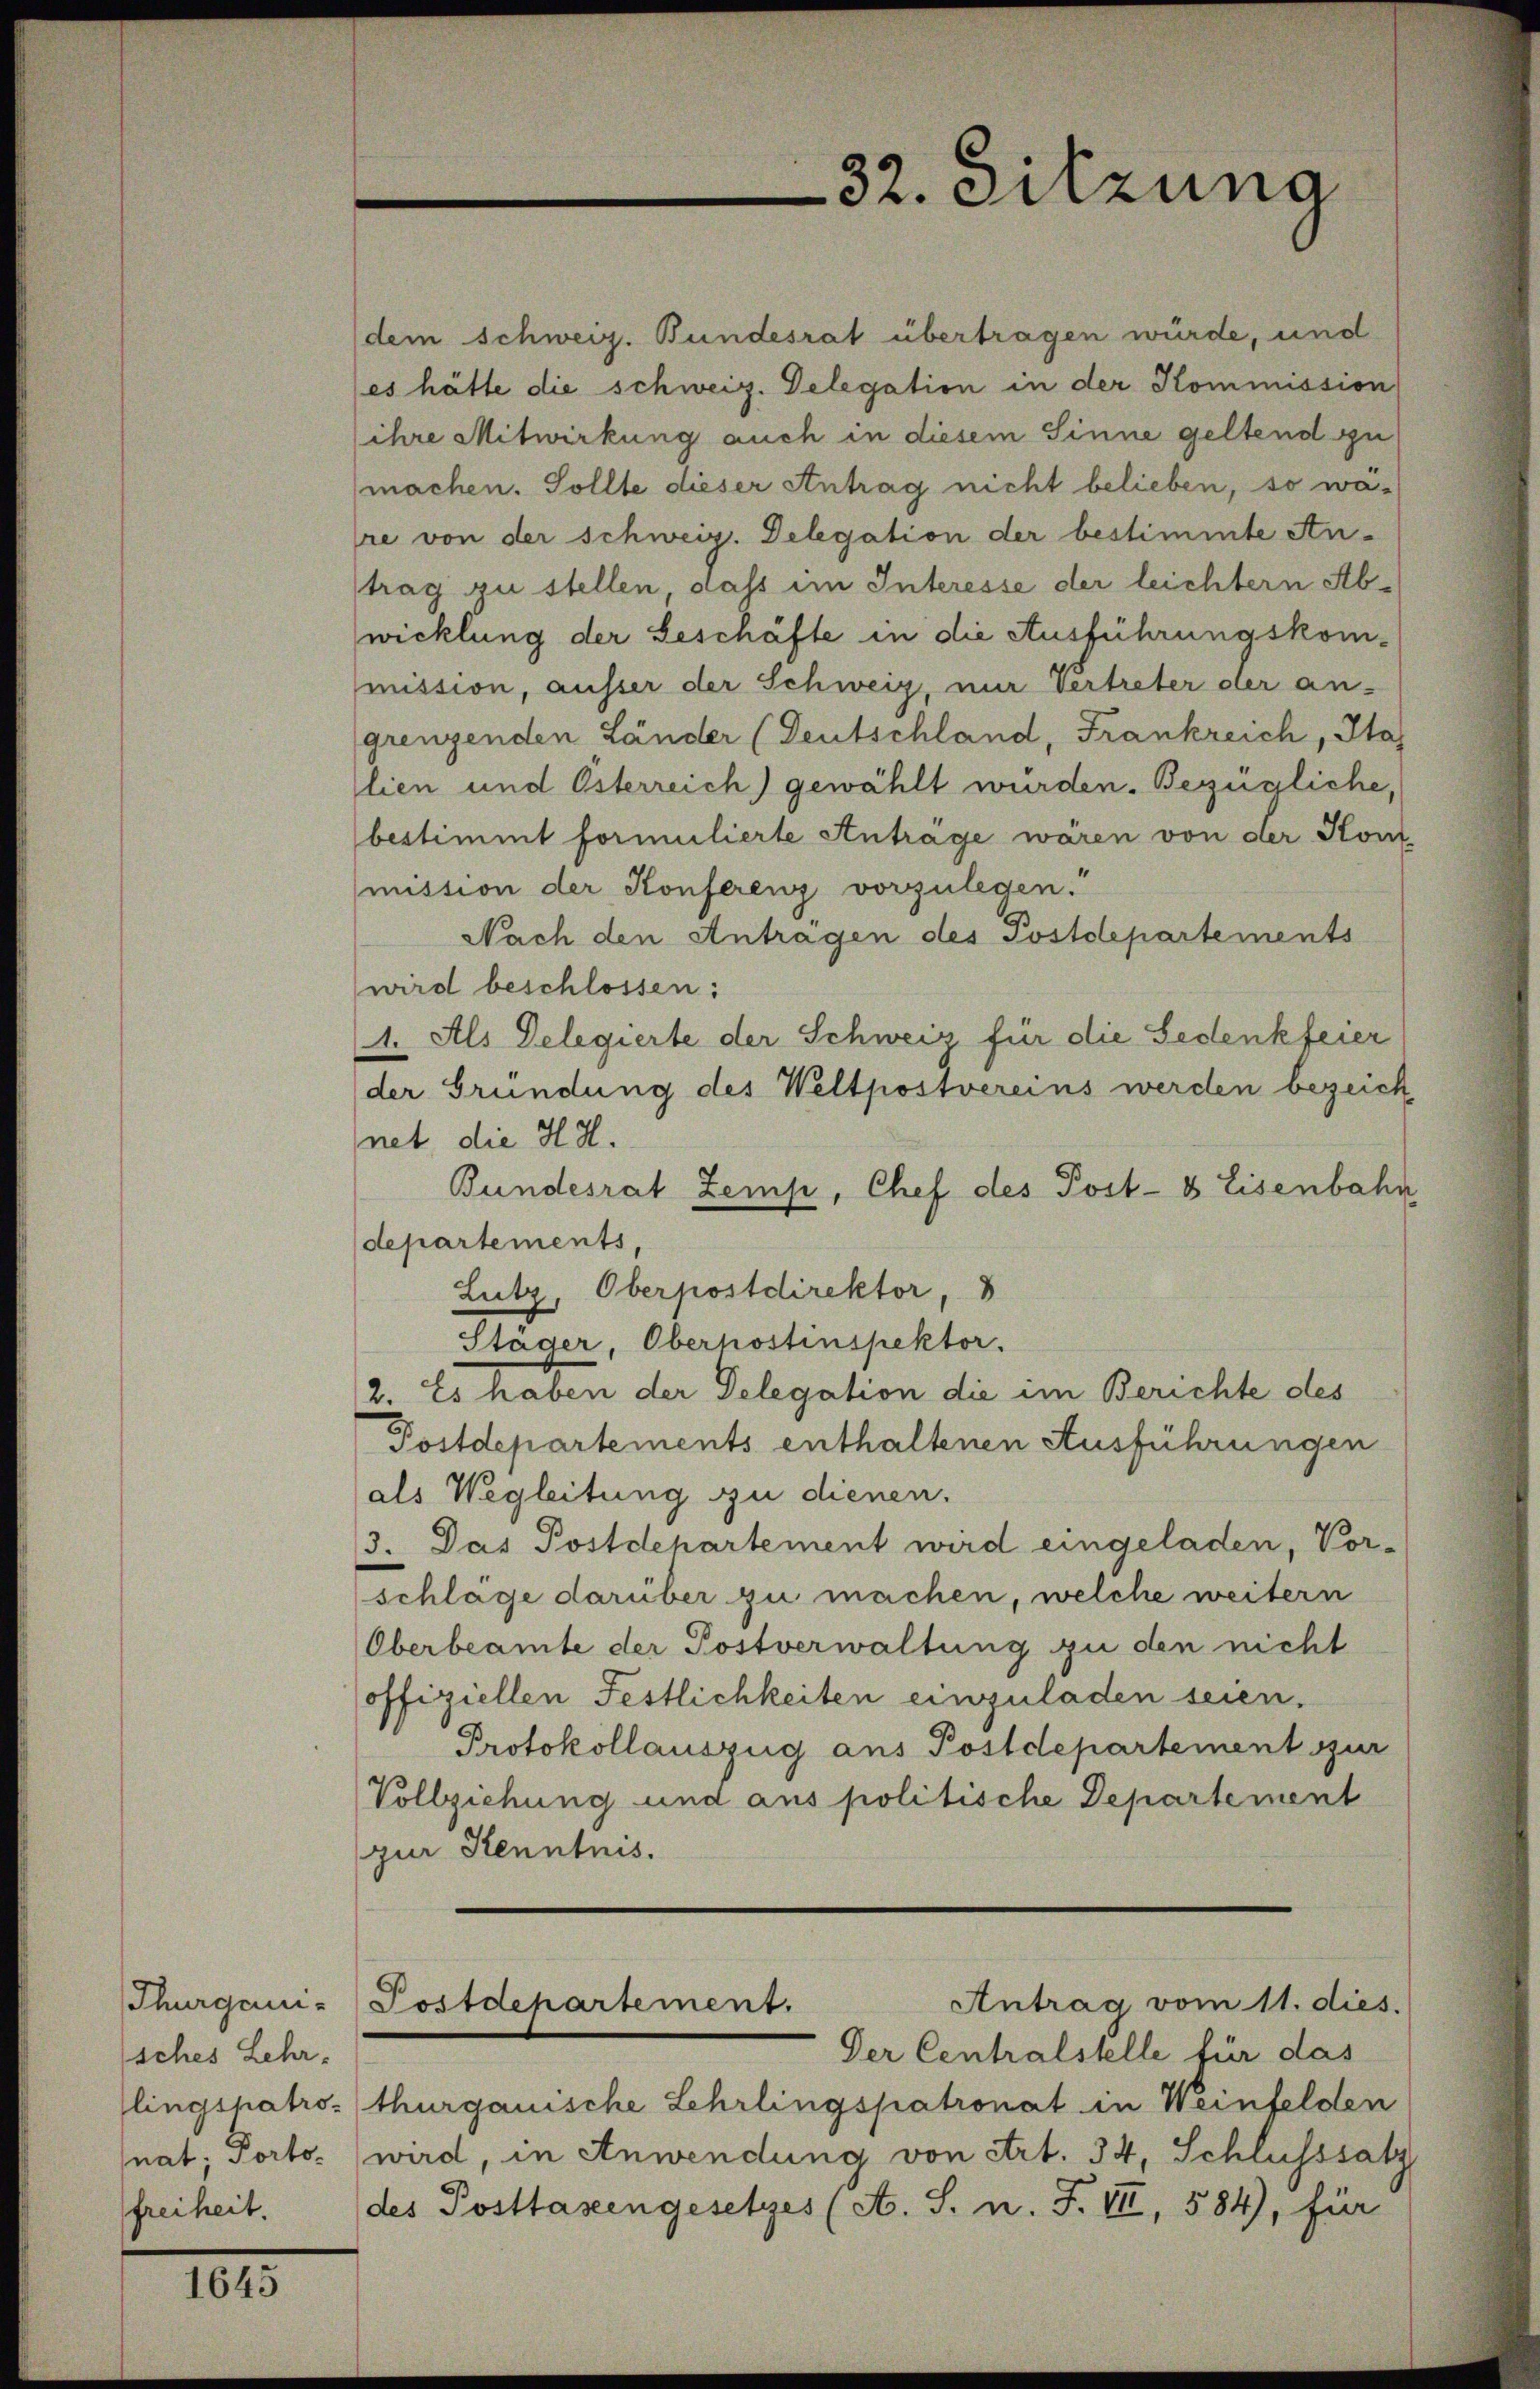
sches Lehrfreiheit.

101

32. Sitzung

(dem Schweiz. Bundesrat übertragen würde, und
(es hätte die schweiz. Delegation in der Kommission
ihre Mitwirkung auch in diesem Sinne geltend gu
machen. Sollte dieser Antrag nicht belieben, so wäre von der schweiz. Delegation der bestimmte An-
trag zu stellen, dass im Interesse der leichtern Abwicklung der Beschäfte in die Ausführungskommission, ausser der Schweiz, nur Vertreter der an-
grenzenden Länder (Deutschland, Frankreich, Ha
lien und Österreich) gewählt wurden. Bezügliche,
bestimmt formulierte Anträge wären von der Kon
mission der Konferenz vorzulegen.“
Nach den Antragen des Postdepartements
wird beschlossen:
1. Als Delegierte der Schweiz für die Gedenkfeier
der Gründung des Weltpostvereins werden bezeich
net die H.H.
Bundesrat Zemp, Chef des Post- & Eisenbahn
departements,
Lutz, Oberpostdirektor,
Stäger, Oberhostinspektor.
2. Es haben der Delegation die im Berichte des
Postdepartements enthaltenen Ausführungen
als Wegleitung zu dienen.
3. Das Postdepartement wird eingeladen, Vor-
schläge darüber zu machen, welche weitern
Oberbeamte der Postverwaltung zu den nicht
offiziellen Festlichkeiten einzuladen seien.
Protokollauszug aus Postdepartement sur
Vollziehung und aus politische Departement
zur Kenntnis.
Antrag vom 11. dies.
Thurgani-Postdepartement.
Der Centralstelle für das
lingspatro-thurgauische Lehrlingspatronat in Weinfelden
nat; Porto wird, in Anwendung von Art. 34, Schlusssatz
des Posttasengesetzes (A. S. n. F. VII, 584), für